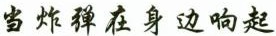
当炸弹在身边响起